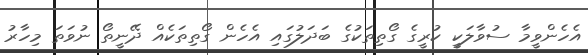
އެހެންވީމާ ސުވާލަކީ ކުރީގެ ގޯތިތަކުގެ ބަދަލުގައި އެހެން ގޯތިތަކެއް ދޭނީތޯ ނުވަތަ މިހާރު